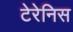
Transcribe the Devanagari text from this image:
टेरेनिस